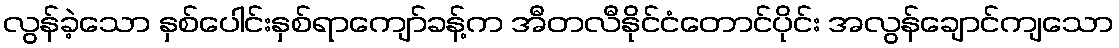
လွန်ခဲ့သော နှစ်ပေါင်းနှစ်ရာကျော်ခန့်က အီတလီနိုင်ငံတောင်ပိုင်း အလွန်ချောင်ကျသော